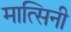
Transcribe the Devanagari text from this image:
मात्सिनी